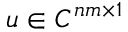
u \in C ^ { n m \times 1 }